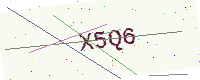
Text: X5Q6